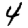
Digit: 4